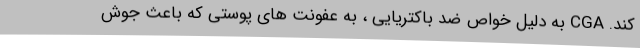
کند. CGA به دلیل خواص ضد باکتریایی ، به عفونت های پوستی که باعث جوش